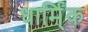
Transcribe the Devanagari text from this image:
धार्मि्क